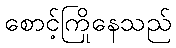
စောင့်ကြိုနေသည်